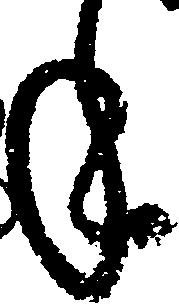
年